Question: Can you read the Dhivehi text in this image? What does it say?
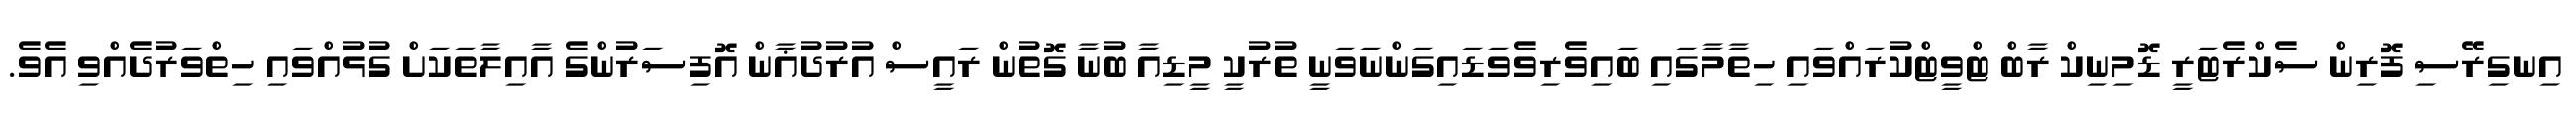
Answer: އިނގިރޭސި ފޮރިން ސެކްރެޓަރީ ޑޮމިނިކް ރާބް ޓްވީޓްކުރައްވައި ހިތާމާގައި ބައިވެރިވެވަޑައިގަންނަވަނީ ތުރުކީ މީޑިއާ ބުނާ ގޮތުން ރައީސް އުރުދުޣާން އޮފިސަރުންގެ އާއިލާތަކަށް ގުޅުއްވައި ހިތްވަރުދެއްވި އެވެ.